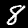
Label: 8